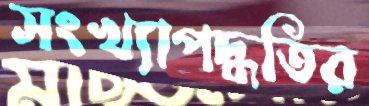
সংখ্যাপদ্ধতির